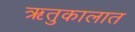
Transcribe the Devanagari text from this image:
ऋतुकालात